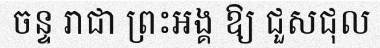
ចន្ទ រាជា ព្រះអង្គ ឱ្យ ជួសជុល